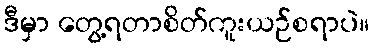
ဒီမှာ တွေ့ရတာစိတ်ကူးယဉ်စရာပဲ။